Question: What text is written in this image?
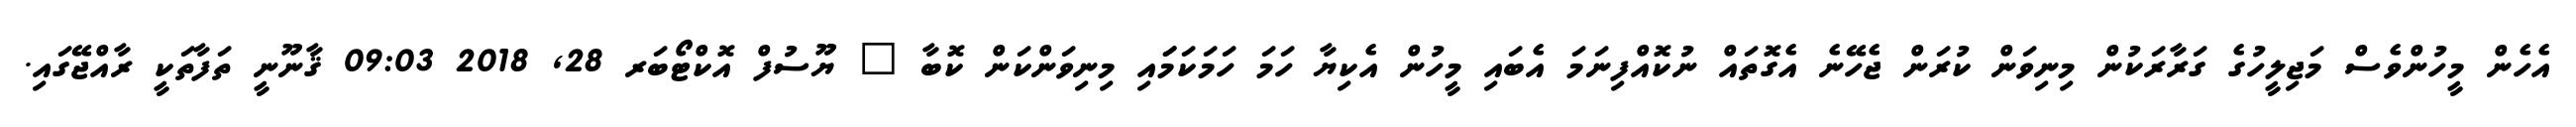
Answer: އެހެން މީހުންވެސް މަޖިލީހުގެ ގަރާރަކުން މިނިވަން ކުރަން ޖެހޭނެ އެގޮތައް ނުކޮއްފިނަމަ އެބައި މީހުން އެކިޔާ ހަމަ ހަމަކަމަައި މިނިވަންކަން ކޮބާ ? ޔޫސުފް އޮކްޓޯބަރ 28, 2018 09:03 ޤާނޫނީ ތަފާތަކީ ރާއްޖޭގައި.